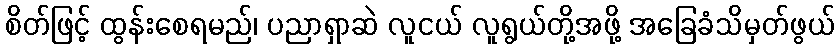
စိတ်ဖြင့် ထွန်းစေရမည်၊ ပညာရှာဆဲ လူငယ် လူရွယ်တို့အဖို့ အခြေခံသိမှတ်ဖွယ်